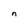
Character: n